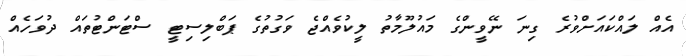
އެއް ލައްކައަށްވުރެ ގިނަ ނޭވީންގެ މައުލޫމާތު ލީކުވެއްޖެ ވަގުތުގެ ޕަބްލިސިޓީ ސްޓަންޓުތައް ދުވަހެއް